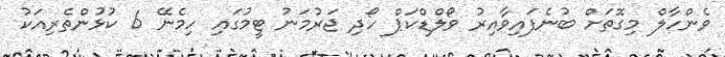
ވެންހާލް މިގޮތަށް ބުނެފައިވާއިރު ވޯލްޑްކަޕް ހޯދި ޖަރުމަނު ޓީމުގައި ހިމެނޭ 6 ކުޅުންތެރިއަކު